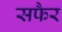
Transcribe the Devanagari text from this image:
सफैर